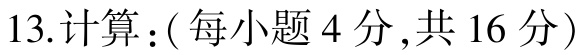
13.计算：( 每小题 4 分 ,共 16 分 )